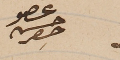
عضو حسن حصِر